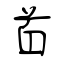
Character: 首